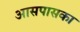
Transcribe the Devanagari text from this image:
आसपासका